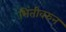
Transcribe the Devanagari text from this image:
भिंतीवरुन